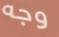
وجه